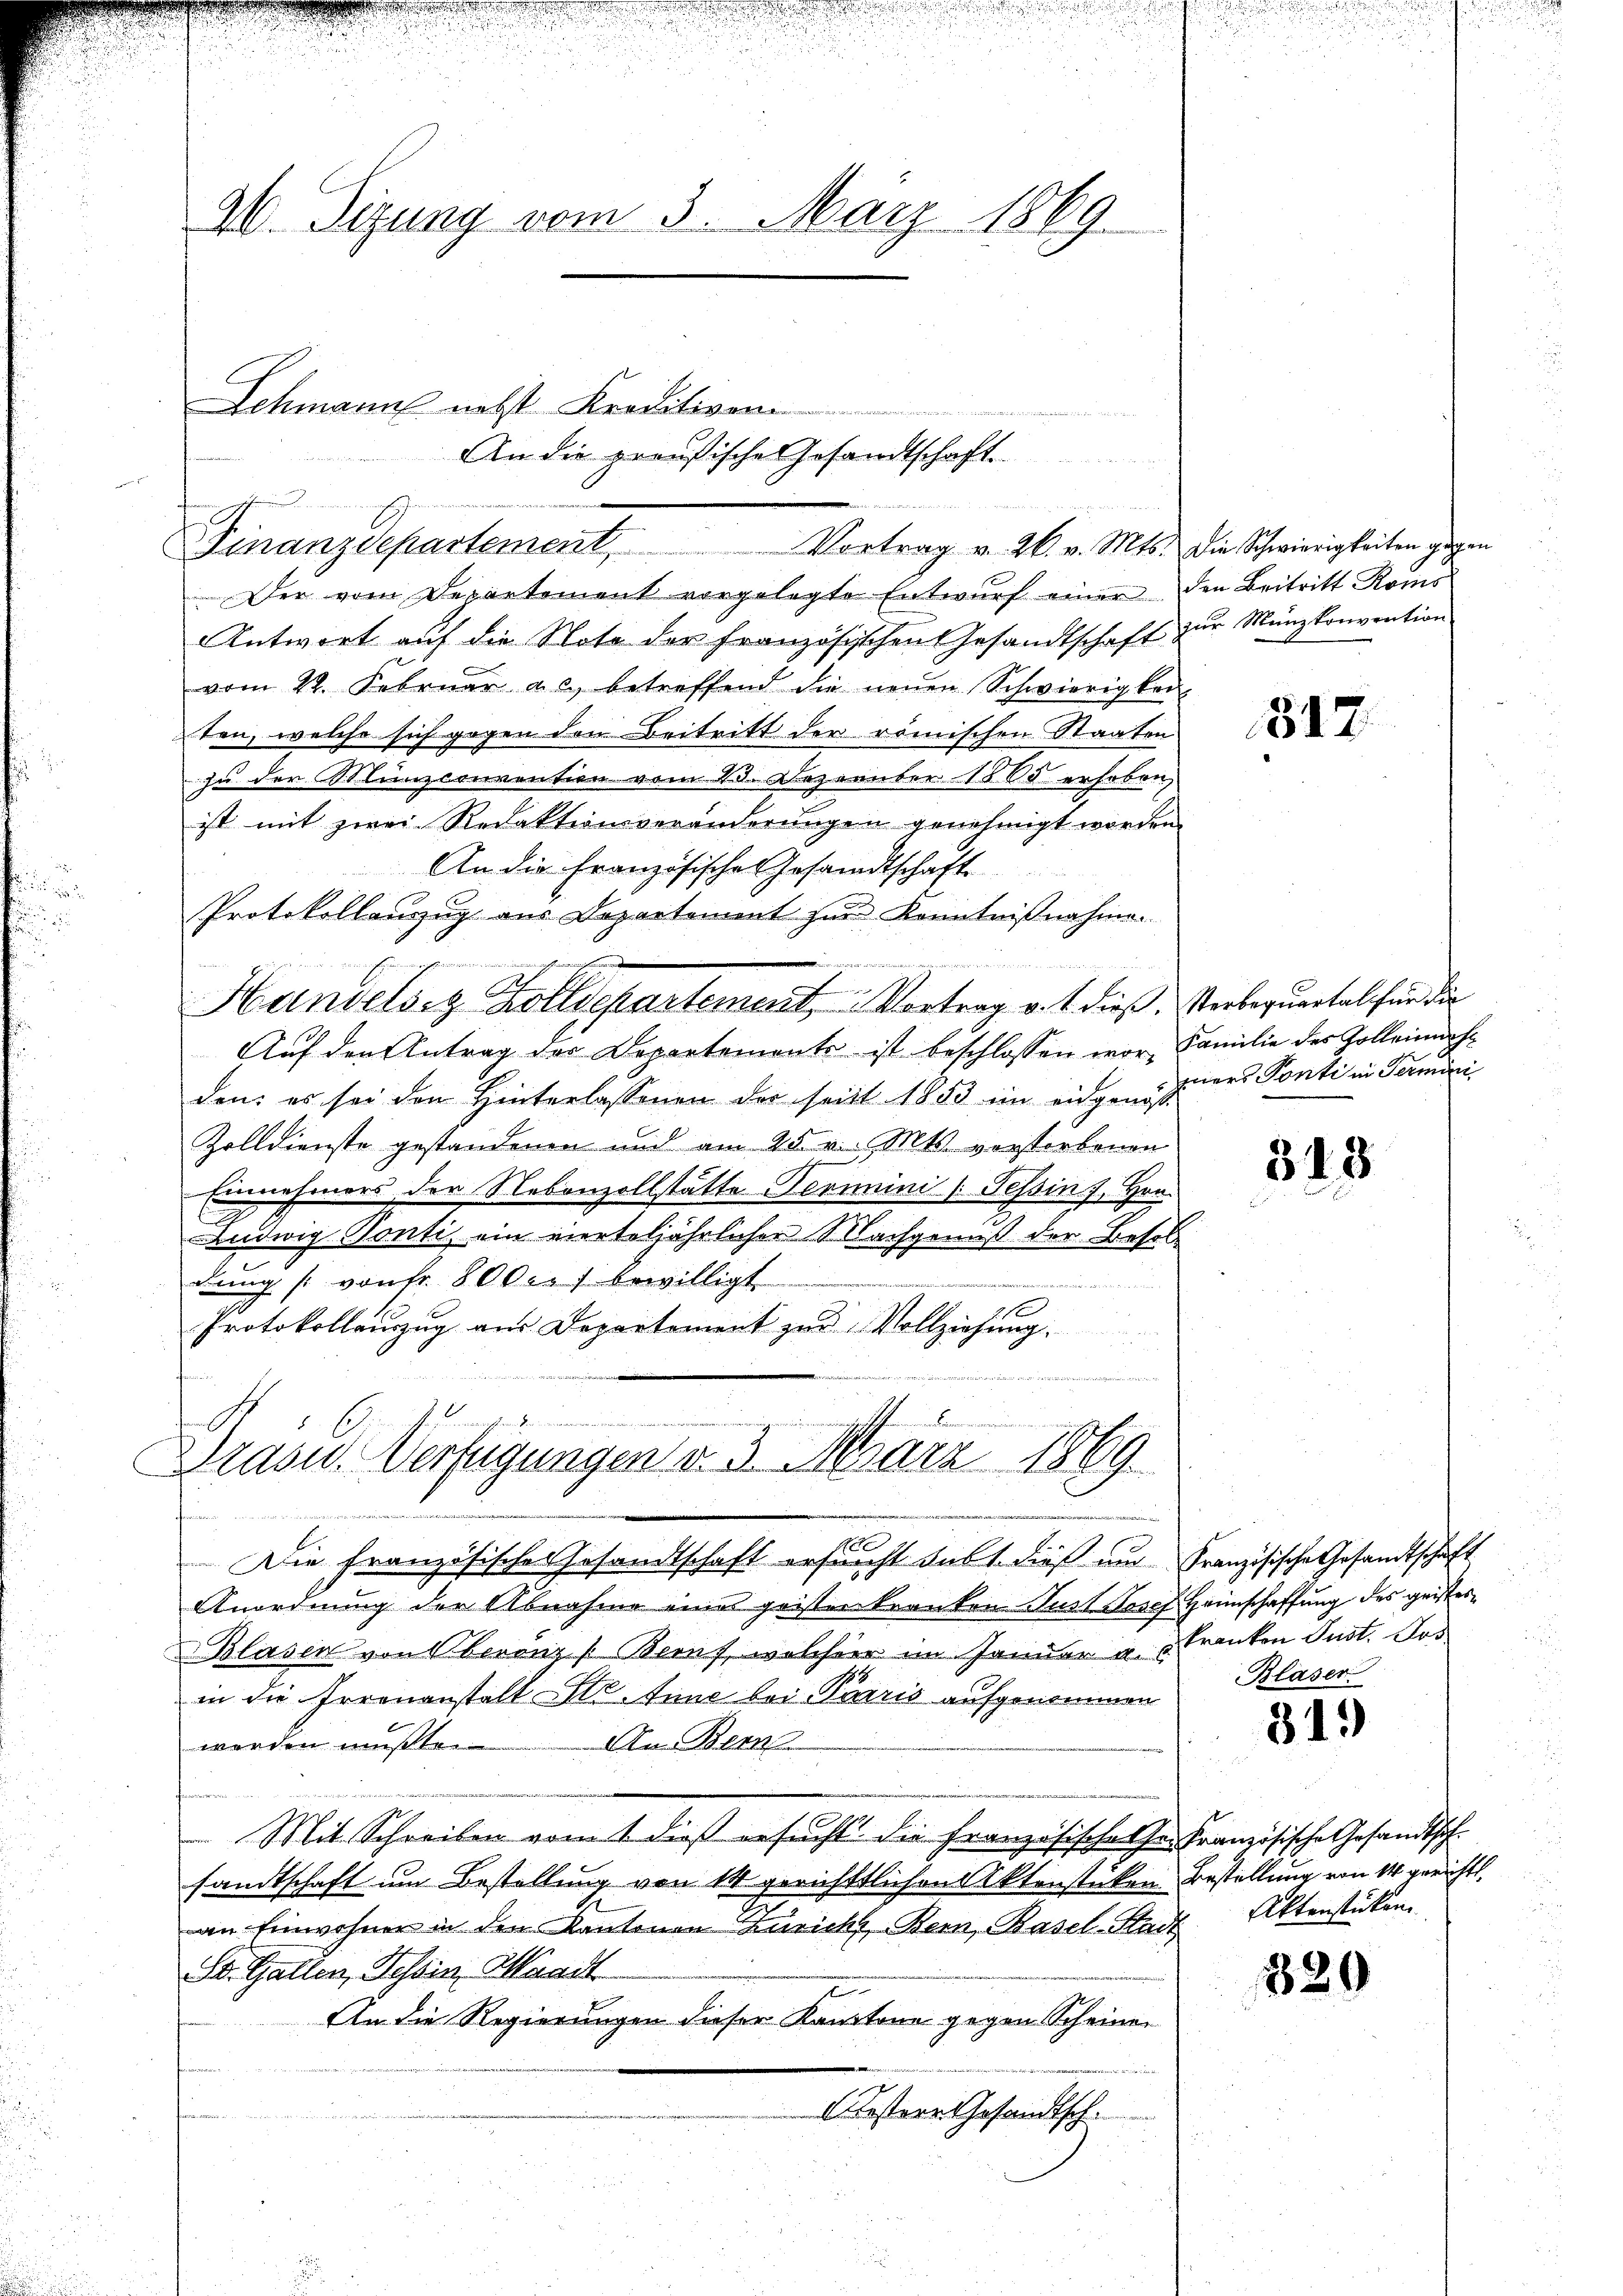
96. Sizung vom 3. März 1869
Schmann nebst Kreditiven

Finanzdepartement, Vortrag v. 26. v. Mts. die Schwierigkeiten gegen

Der vom Departement vorgelegte Entwurf einer den Beitritt Roms
Antwort auf die Note der französischen Gesandtschaft zur Münzkonvention
vom 22. Februar a. c. betreffend die neŭen Schwierigkei
ten, welche sich gegen den Beitritt der römischen Staaten
zu der Münzconvention vom 23. Dezember 1888 erhoben,
ist mit zwei Redaktionsveränderungen genehmigt worden
An die Französische Gesandtschaft
Protokollauszug aus Departement zur Kenntnißnahme.
e

n
Handelsitz Zolldepartement, Vortrag v. 1. dieß, Verbequartal für die
Auf den Antrag der Departements ist beschlossen wor- Familie des Kolleinnahden: es sei den Hinterlassenen des seit 1853 im eidgenöß¬
Zolldienste gestandenen und am 25. v. Mts. verstorbenen
Einnahmers der Nebenzollstätte Perimini (Tessing, Hrn.
Ludwig Tonti ein vierteljährlicher Nachgenuß der Besoldung (von Fr. 8000. f bewilligt.
Protokollenzŭg aŭs Departement zŭr Vollziehung.

An die preußische Gesandtschaft.

Präsid. Verfügungen d. 3. März 1869
  wir eine

.
Die Französisches Gesandtschaft ersucht kalt dieß um Französische Gesandtschaft
Anordnung der Abnahme eines geister kranken Just Josef Haunschaffung des geister¬
Blasen von berenz (Beruf, welcher im Januar u. tranken Just. Das
in die Irrenanstalt Str. Eine bei Pärris aufgenommen
An Bern
werden müßte.
Mit Schreiben vom 1. dieß ersucht die Französischehen Französische Gesandtschsandtschaft um Bestellung von 14 gerichttlichen Aktenstücken Bestellung von 14 gerichts,
an Einwohner in den Kantonen Züricht Bern, Basel-Stadt Aktenstücken
D. Gallen, Tessin, Waadt
An die Regierungen dieser Kantone gegen Scheiner
i
estere Gesandtsch.

317.

mers Ponti in Termini

315

Blaser

319

829